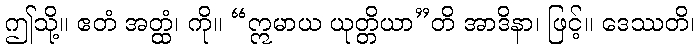
ဤသို့။ ဧတံ အတ္ထံ၊ ကို။ “ဣမာယ ယုတ္တိယာ”တိ အာဒိနာ၊ ဖြင့်။ ဒေဿတိ၊